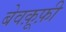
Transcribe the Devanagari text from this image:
बेवक़ूफ़ी